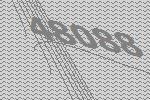
48088